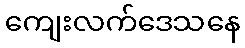
ကျေးလက်ဒေသနေ